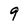
Character: 9